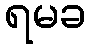
ရမခ